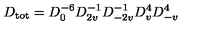
D _ { \mathrm { t o t } } = D _ { 0 } ^ { - 6 } D _ { 2 v } ^ { - 1 } D _ { - 2 v } ^ { - 1 } D _ { v } ^ { 4 } D _ { - v } ^ { 4 }